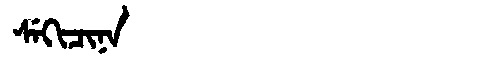
Manchu: ᠰᡝᡴᡳᠴᡳᠨᠠ
Romanization: SEKICINA